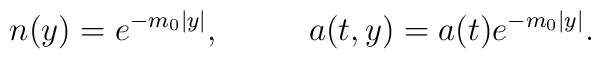
n(y)=e^{-m_0|y|},\ \ \ \ \ \ \ \ a(t,y)=a(t)e^{-m_0|y|}.